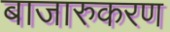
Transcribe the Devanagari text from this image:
बाजारुकरण